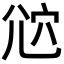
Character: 𡯠